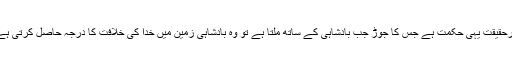
درحقیقت یہی حکمت ہے جس کا جوڑ جب بادشاہی کے ساتھ ملتا ہے تو وہ بادشاہی زمین میں خدا کی خلافت کا درجہ حاصل کرتی ہے۔